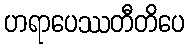
ဟရာပေဿတီတိပေ